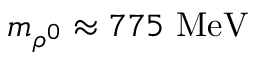
m _ { \rho ^ { 0 } } \approx 7 7 5 \ \mathrm { { M e V } }